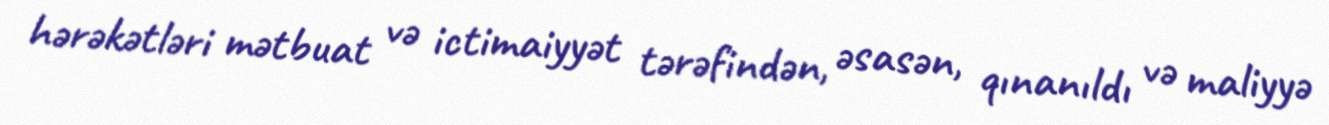
hərəkətləri mətbuat və ictimaiyyət tərəfindən, əsasən, qınanıldı və maliyyə